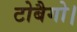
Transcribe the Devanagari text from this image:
टोबैगो।